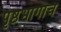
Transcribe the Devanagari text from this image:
पृष्ठभागाचं